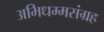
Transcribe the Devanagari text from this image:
अभिधम्मसंग्रह